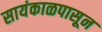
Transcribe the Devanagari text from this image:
सायंकाळपासून